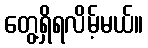
တွေ့ရှိရလိမ့်မယ်။